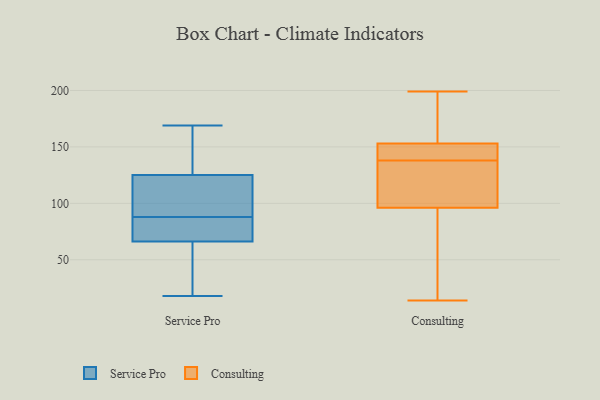
{"axis": {"x": "Headcount", "y": "Value"}, "legend": ["Consulting", "Service Pro"], "data": [{"x": "", "y": 111, "type": "Service Pro"}, {"x": "", "y": 59, "type": "Service Pro"}, {"x": "", "y": 169, "type": "Service Pro"}, {"x": "", "y": 18, "type": "Service Pro"}, {"x": "", "y": 35, "type": "Service Pro"}, {"x": "", "y": 67, "type": "Service Pro"}, {"x": "", "y": 132, "type": "Service Pro"}, {"x": "", "y": 88, "type": "Service Pro"}, {"x": "", "y": 94, "type": "Service Pro"}, {"x": "", "y": 127, "type": "Service Pro"}, {"x": "", "y": 66, "type": "Service Pro"}, {"x": "", "y": 81, "type": "Service Pro"}, {"x": "", "y": 86, "type": "Service Pro"}, {"x": "", "y": 119, "type": "Service Pro"}, {"x": "", "y": 133, "type": "Service Pro"}, {"x": "", "y": 174, "type": "Consulting"}, {"x": "", "y": 138, "type": "Consulting"}, {"x": "", "y": 149, "type": "Consulting"}, {"x": "", "y": 139, "type": "Consulting"}, {"x": "", "y": 111, "type": "Consulting"}, {"x": "", "y": 14, "type": "Consulting"}, {"x": "", "y": 118, "type": "Consulting"}, {"x": "", "y": 199, "type": "Consulting"}, {"x": "", "y": 96, "type": "Consulting"}, {"x": "", "y": 153, "type": "Consulting"}, {"x": "", "y": 73, "type": "Consulting"}, {"x": "", "y": 15, "type": "Consulting"}, {"x": "", "y": 175, "type": "Consulting"}, {"x": "", "y": 138, "type": "Consulting"}]}